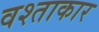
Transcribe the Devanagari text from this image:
वश्ताकार